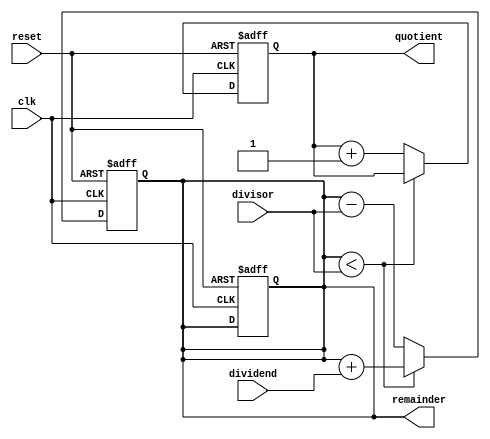
module CounterBasedDivider (
    input wire clk,            // Clock signal
    input wire reset,          // Reset signal
    input wire [31:0] dividend,// Input dividend
    input wire [31:0] divisor, // Input divisor
    output reg [31:0] quotient, // Output quotient
    output reg [31:0] remainder // Output remainder
);

reg [31:0] counter;

always @(posedge clk or posedge reset) begin
    if (reset) begin
        counter <= 0;
        quotient <= 0;
        remainder <= 0;
    end else begin
        if (counter < divisor) begin
            counter <= counter + dividend;
        end else begin
            counter <= counter - divisor;
            quotient <= quotient + 1;
        end
    end
end

assign remainder = counter;

endmodule